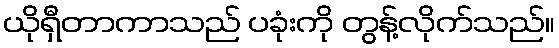
ယိုရှီတာကာသည် ပခုံးကို တွန့်လိုက်သည်။